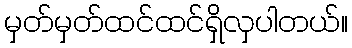
မှတ်မှတ်ထင်ထင်ရှိလှပါတယ်။